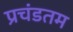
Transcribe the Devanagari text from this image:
प्रचंडतम